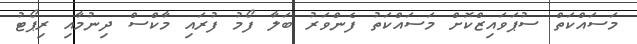
މަސައްކަތް ސުޕަވައިޒްކޮށް މަސައްކަތު ފެންވަރު ބަލާ ފޯމު ފުރައި މާކްސް ދިނުމާއި ރިޕޯޓު